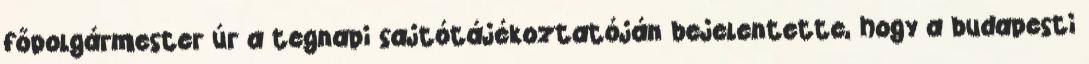
főpolgármester úr a tegnapi sajtótájékoztatóján bejelentette, hogy a budapesti